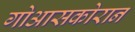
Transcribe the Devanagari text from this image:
गोआसकोरान